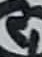
Text: 4